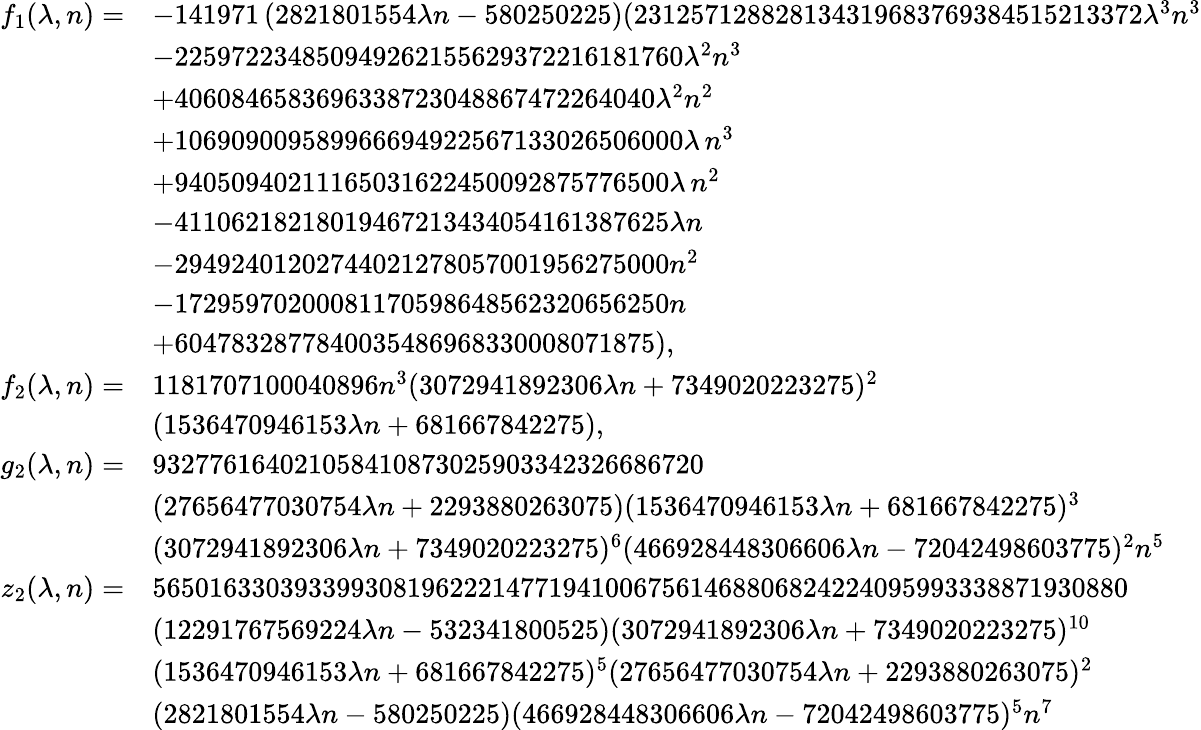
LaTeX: \begin{array}{rl}{f_{1}(\lambda,n)=}&{-141971\left(2821801554\lambda n-580250225\right)(231257128828134319683769384515213372\lambda^{3}n^{3}}\\ &{-225972234850949262155629372216181760\lambda^{2}n^{3}}\\ &{+4060846583696338723048867472264040\lambda^{2}n^{2}}\\ &{+106909009589966694922567133026506000\lambda\, n^{3}}\\ &{+94050940211165031622450092875776500\lambda\, n^{2}}\\ &{-41106218218019467213434054161387625\lambda n}\\ &{-29492401202744021278057001956275000n^{2}}\\ &{-17295970200081170598648562320656250n}\\ &{+6047832877840035486968330008071875),}\\ {f_{2}(\lambda,n)=}&{1181707100040896n^{3}(3072941892306\lambda n+7349020223275)^{2}}\\ &{(1536470946153\lambda n+681667842275),}\\ {g_{2}(\lambda,n)=}&{932776164021058410873025903342326686720}\\ &{(27656477030754\lambda n+2293880263075)(1536470946153\lambda n+681667842275)^{3}}\\ &{(3072941892306\lambda n+7349020223275)^{6}(466928448306606\lambda n-72042498603775)^{2}n^{5}}\\ {z_{2}(\lambda,n)=}&{565016330393399308196222147719410067561468806824224095993338871930880}\\ &{(12291767569224\lambda n-532341800525)(3072941892306\lambda n+7349020223275)^{10}}\\ &{(1536470946153\lambda n+681667842275)^{5}(27656477030754\lambda n+2293880263075)^{2}}\\ &{(2821801554\lambda n-580250225)(466928448306606\lambda n-72042498603775)^{5}n^{7}}\end{array}